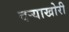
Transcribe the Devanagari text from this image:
दऱ्याखोरी